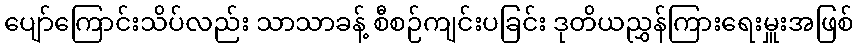
ပျော်ကြောင်းသိပ်လည်း သာသာခန့် စီစဉ်ကျင်းပခြင်း ဒုတိယညွှန်ကြားရေးမှူးအဖြစ်